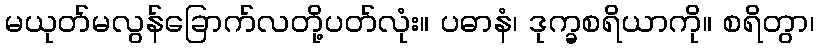
မယုတ်မလွန်ခြောက်လတို့ပတ်လုံး။ ပဓာနံ၊ ဒုက္ခစရိယာကို။ စရိတွာ၊